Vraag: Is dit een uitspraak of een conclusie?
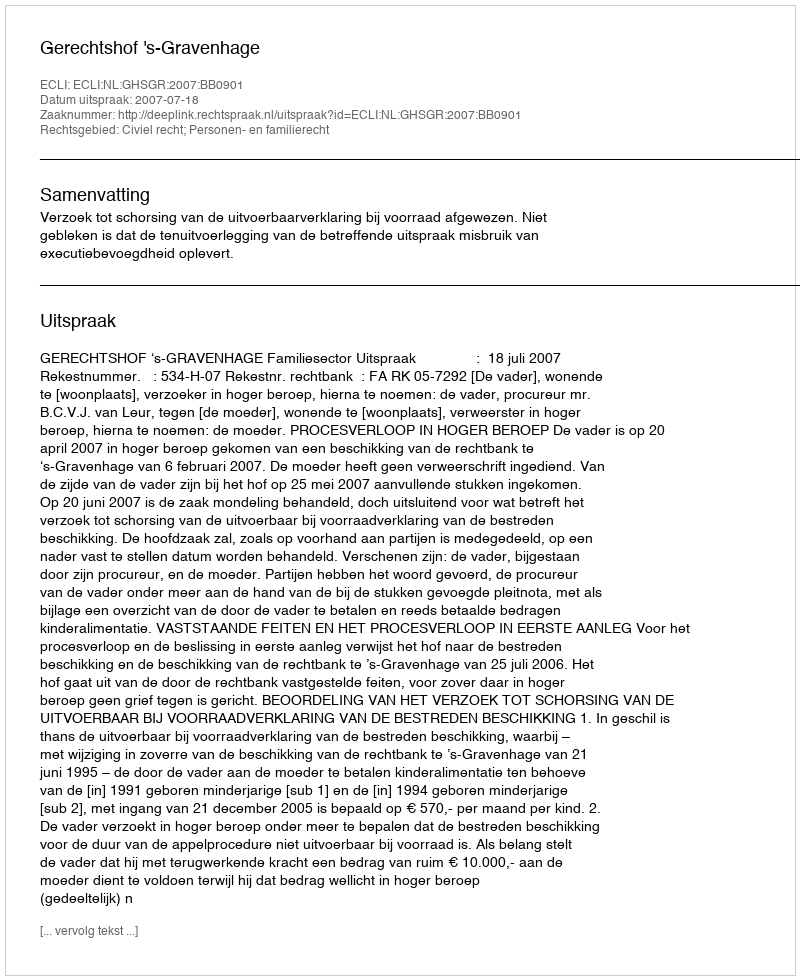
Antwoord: Uitspraak